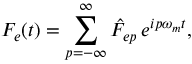
F _ { e } ( t ) = \sum _ { p = - \infty } ^ { \infty } \hat { F } _ { e p } \, e ^ { i p \omega _ { m } t } ,